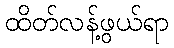
ထိတ်လန့်ဖွယ်ရာ